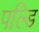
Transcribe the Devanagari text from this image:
पल्डि